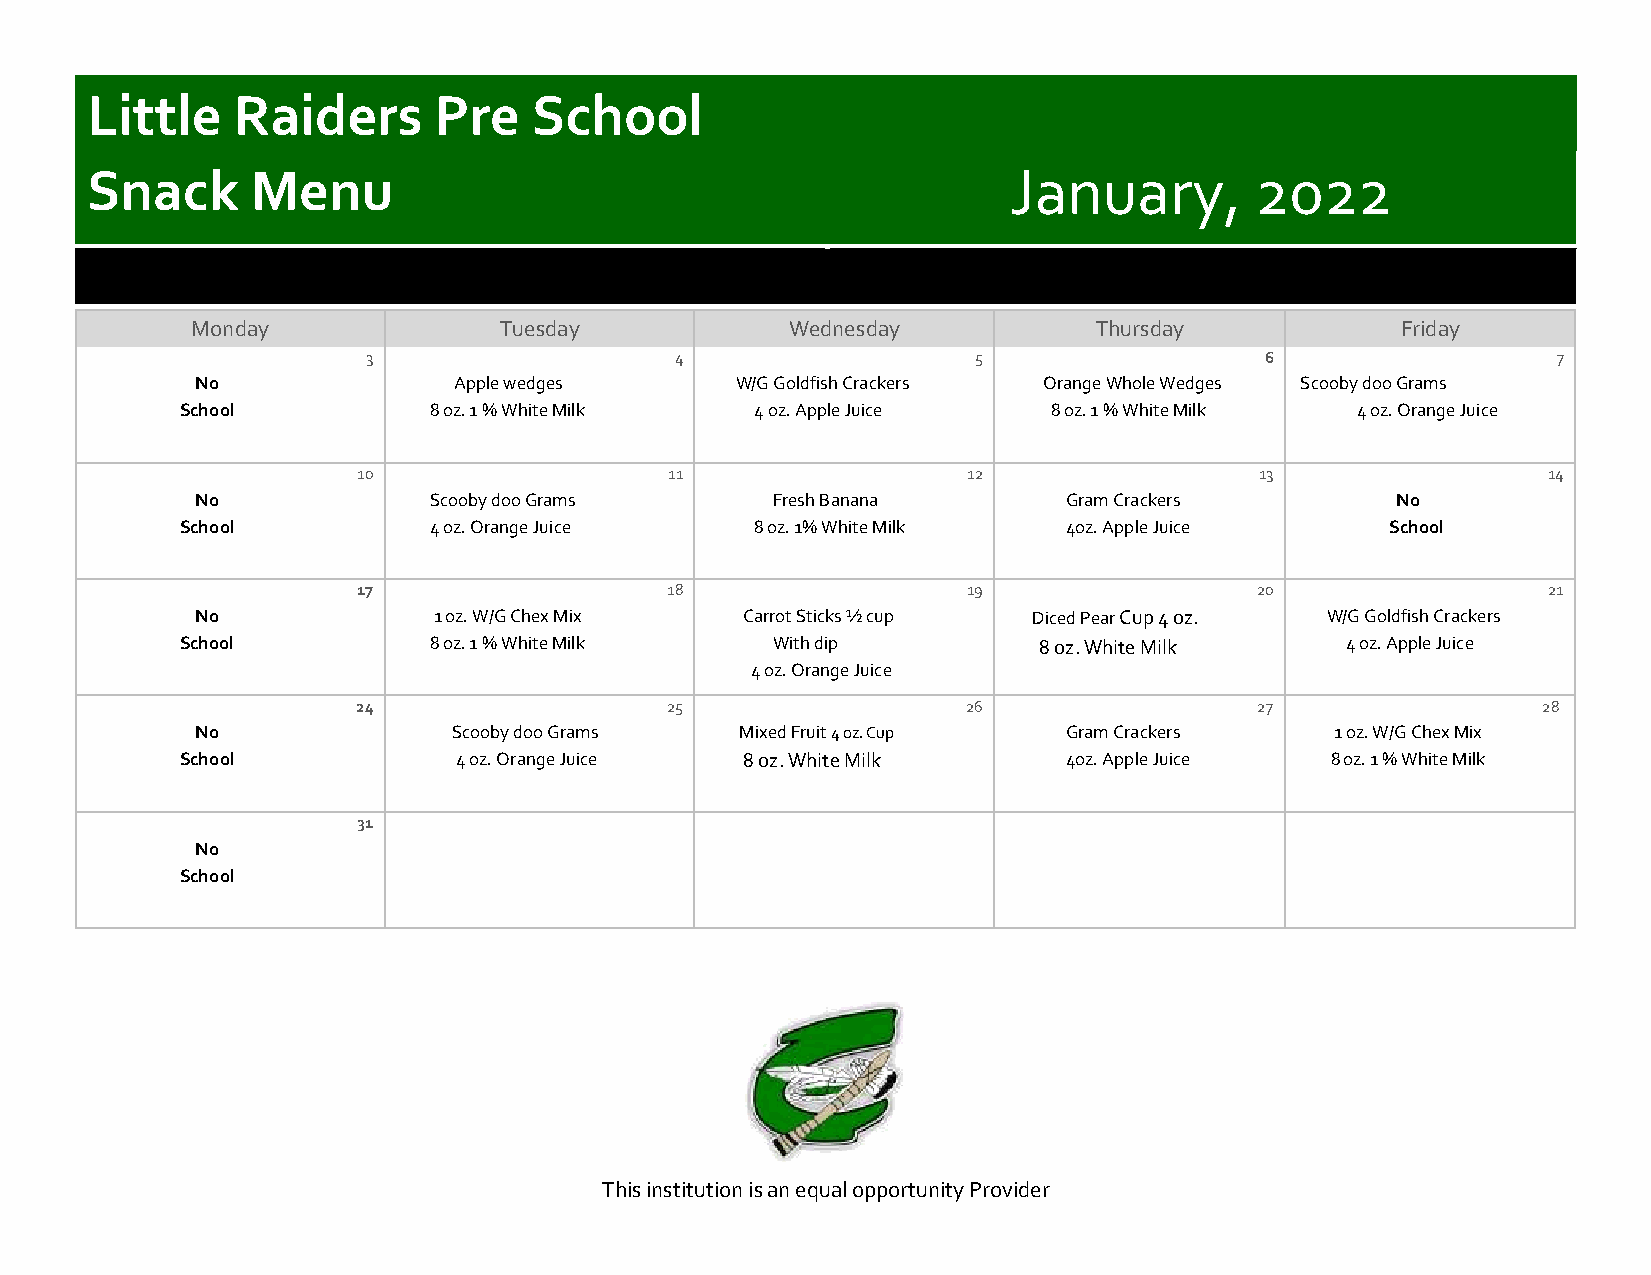
Little   Raiders       Pre   School
 Snack      Menu                                              January,        2022
 Monday              Tuesday            Wednesday           Thursday             Friday
 3                    4                   5                  6                  7
 No               Apple wedges       W/G Goldfish Crackers Orange Whole Wedges Scooby doo Grams
 School          8 oz. 1 % White Milk  4 oz. Apple Juice   8 oz. 1 % White Milk 4 oz. Orange Juice
 10                  11                  12                 13                 14
 No             Scooby doo Grams       Fresh Banana        Gram Crackers        No
 School          4 oz. Orange Juice    8 oz. 1% White Milk  4oz. Apple Juice     School
 17                  18                  19                 20                 21
 No              1 oz. W/G Chex Mix  Carrot Sticks ½ cup Diced Pear Cup 4 oz. W/G Goldfish Crackers
 School          8 oz. 1 % White Milk   With dip          8 oz. White Milk    4 oz. Apple Juice
 4 oz. Orange Juice
 24                  25                  26                 27                 28
 No               Scooby doo Grams   Mixed Fruit 4 oz. Cup Gram Crackers    1 oz. W/G Chex Mix
 School            4 oz. Orange Juice 8 oz. White Milk      4oz. Apple Juice 8 oz. 1 % White Milk
 31
 No
 School
 This institution is an equal opportunity Provider